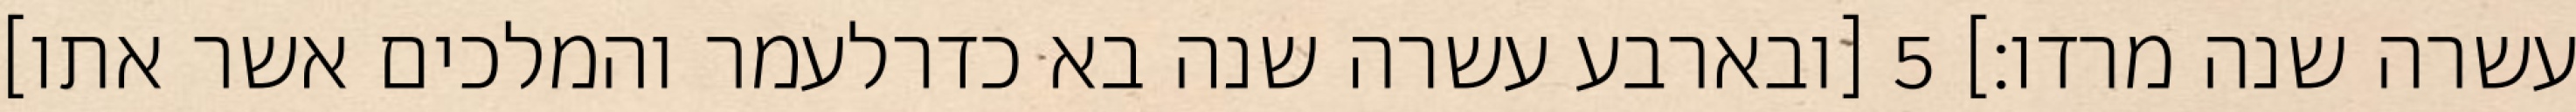
עשרה שנה מרדו׃] ‎5‏ [ובארבע עשרה שנה בא כדרלעמר והמלכים אשר אתו]